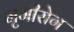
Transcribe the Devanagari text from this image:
मृगीरोग